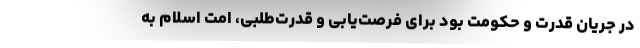
در جریان قدرت و حکومت بود برای فرصت‌یابی و قدرت‌طلبی، امت اسلام به